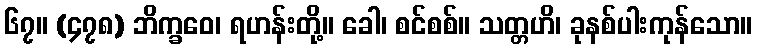
၆၇။ (၄၇၈) ဘိက္ခဝေ၊ ရဟန်းတို့။ ခေါ၊ စင်စစ်။ သတ္တဟိ၊ ခုနစ်ပါးကုန်သော။